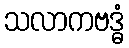
သလာကဗဒ္ဓံ